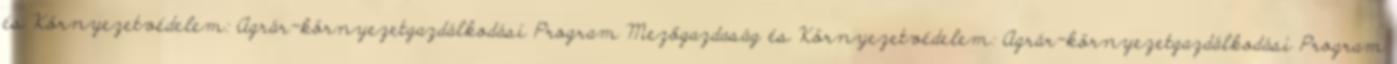
és Környezetvédelem: Agrár-környezetgazdálkodási Program Mezőgazdaság és Környezetvédelem: Agrár-környezetgazdálkodási Program